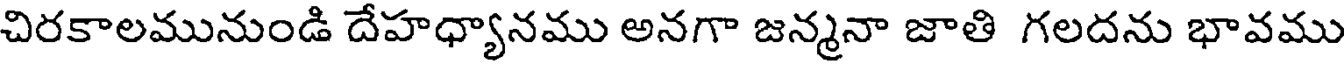
చిరకాలమునుండి దేహధ్యానము అనగా జన్మనా జాతి గలదను భావము